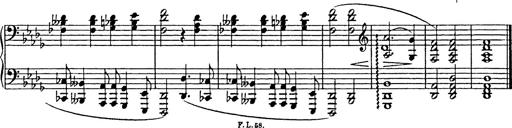
Title: Consolations
Composer: Franz Liszt